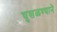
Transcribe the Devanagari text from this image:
घुसळण्याने